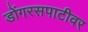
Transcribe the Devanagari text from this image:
डोंगरसपाटीवर